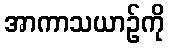
အာကာသယာဉ်ကို